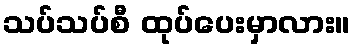
သပ်သပ်စီ ထုပ်ပေးမှာလား။